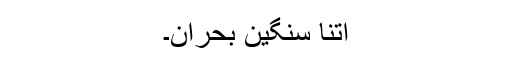
اتنا سنگین بحران۔